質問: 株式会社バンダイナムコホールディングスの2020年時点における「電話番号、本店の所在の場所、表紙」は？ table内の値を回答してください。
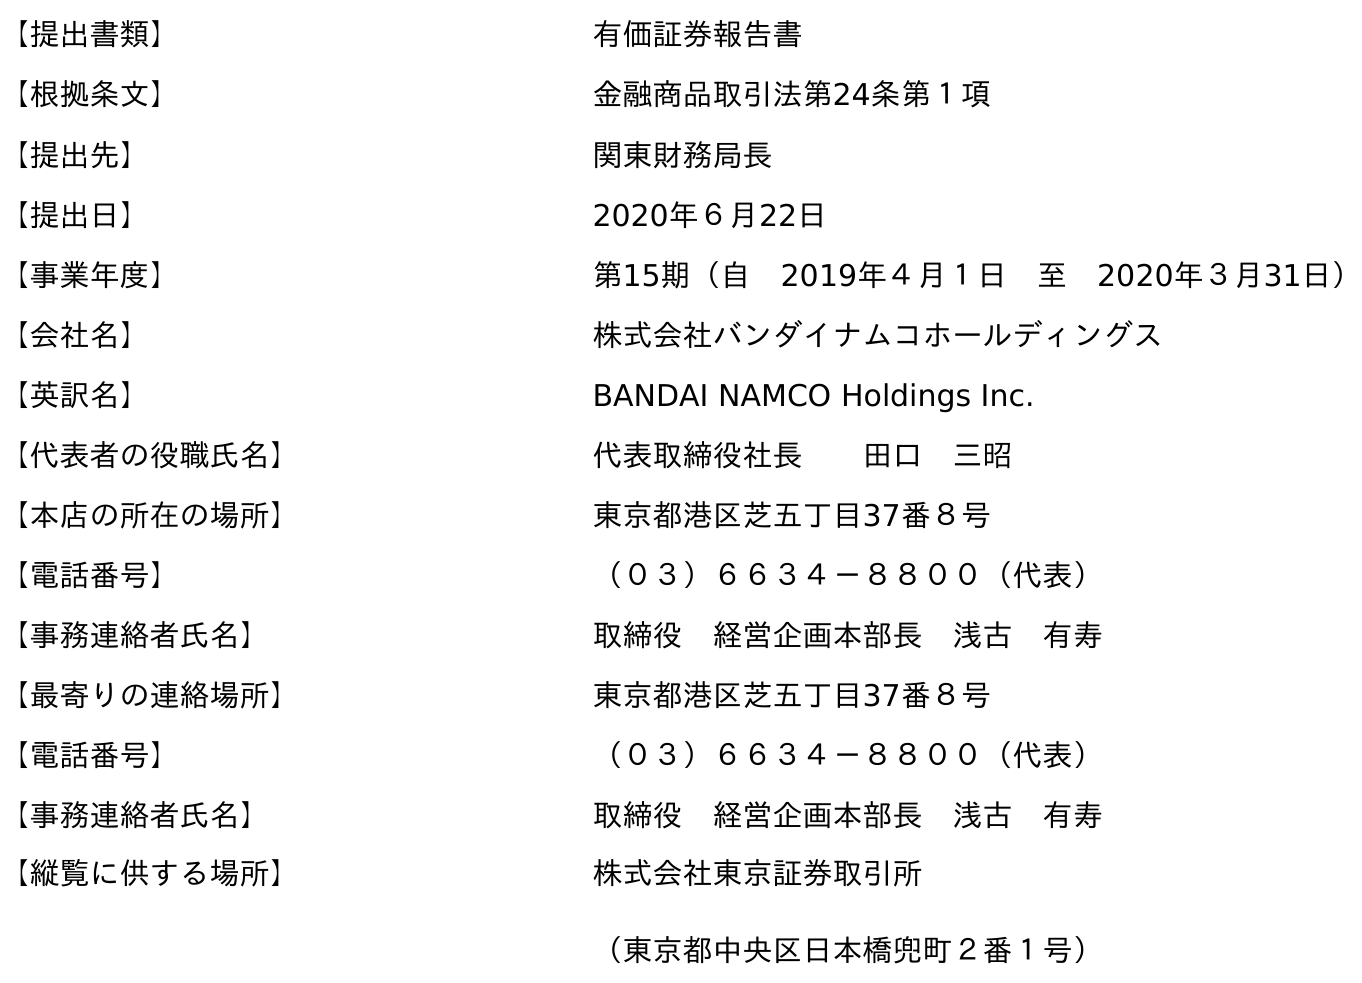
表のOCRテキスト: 【提出書類】 有価証券報告書 【根拠条文】 金融商品取引法第24条第１項 【提出先】 関東財務局長 【提出日】 2020年６月22日 【事業年度】 第15期（自 2019年４月１日 至 2020年３月31日） 【会社名】 株式会社バンダイナムコホールディングス 【英訳名】 BANDAI NAMCO Holdings Inc. 【代表者の役職氏名】 代表取締役社長  田口 三昭 【本店の所在の場所】 東京都港区芝五丁目37番８号 【電話番号】 （０３）６６３４－８８００（代表） 【事務連絡者氏名】 取締役 経営企画本部長 浅古 有寿 【最寄りの連絡場所】 東京都港区芝五丁目37番８号 【電話番号】 （０３）６６３４－８８００（代表） 【事務連絡者氏名】 取締役 経営企画本部長 浅古 有寿 【縦覧に供する場所】 株式会社東京証券取引所 （東京都中央区日本橋兜町２番１号）
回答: （０３）６６３４－８８００（代表）